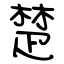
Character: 楚